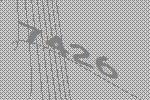
7426